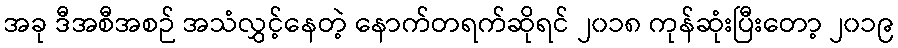
အခု ဒီအစီအစဉ် အသံလွှင့်နေတဲ့ နောက်တရက်ဆိုရင် ၂၀၁၈ ကုန်ဆုံးပြီးတော့ ၂၀၁၉